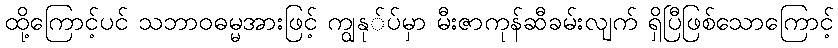
ထို့ကြောင့်ပင် သဘာဝဓမ္မအားဖြင့် ကျွနု်ပ်မှာ မီးဇာကုန်ဆီခမ်းလျက် ရှိပြီဖြစ်သောကြောင့်